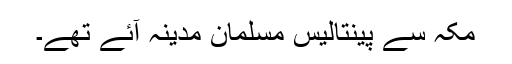
مکہ سے پینتالیس مسلمان مدینہ آئے تھے۔